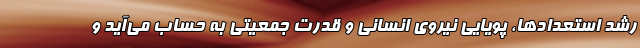
رشد استعدادها، پویایی نیروی انسانی و قدرت جمعیتی به حساب می‌آید و